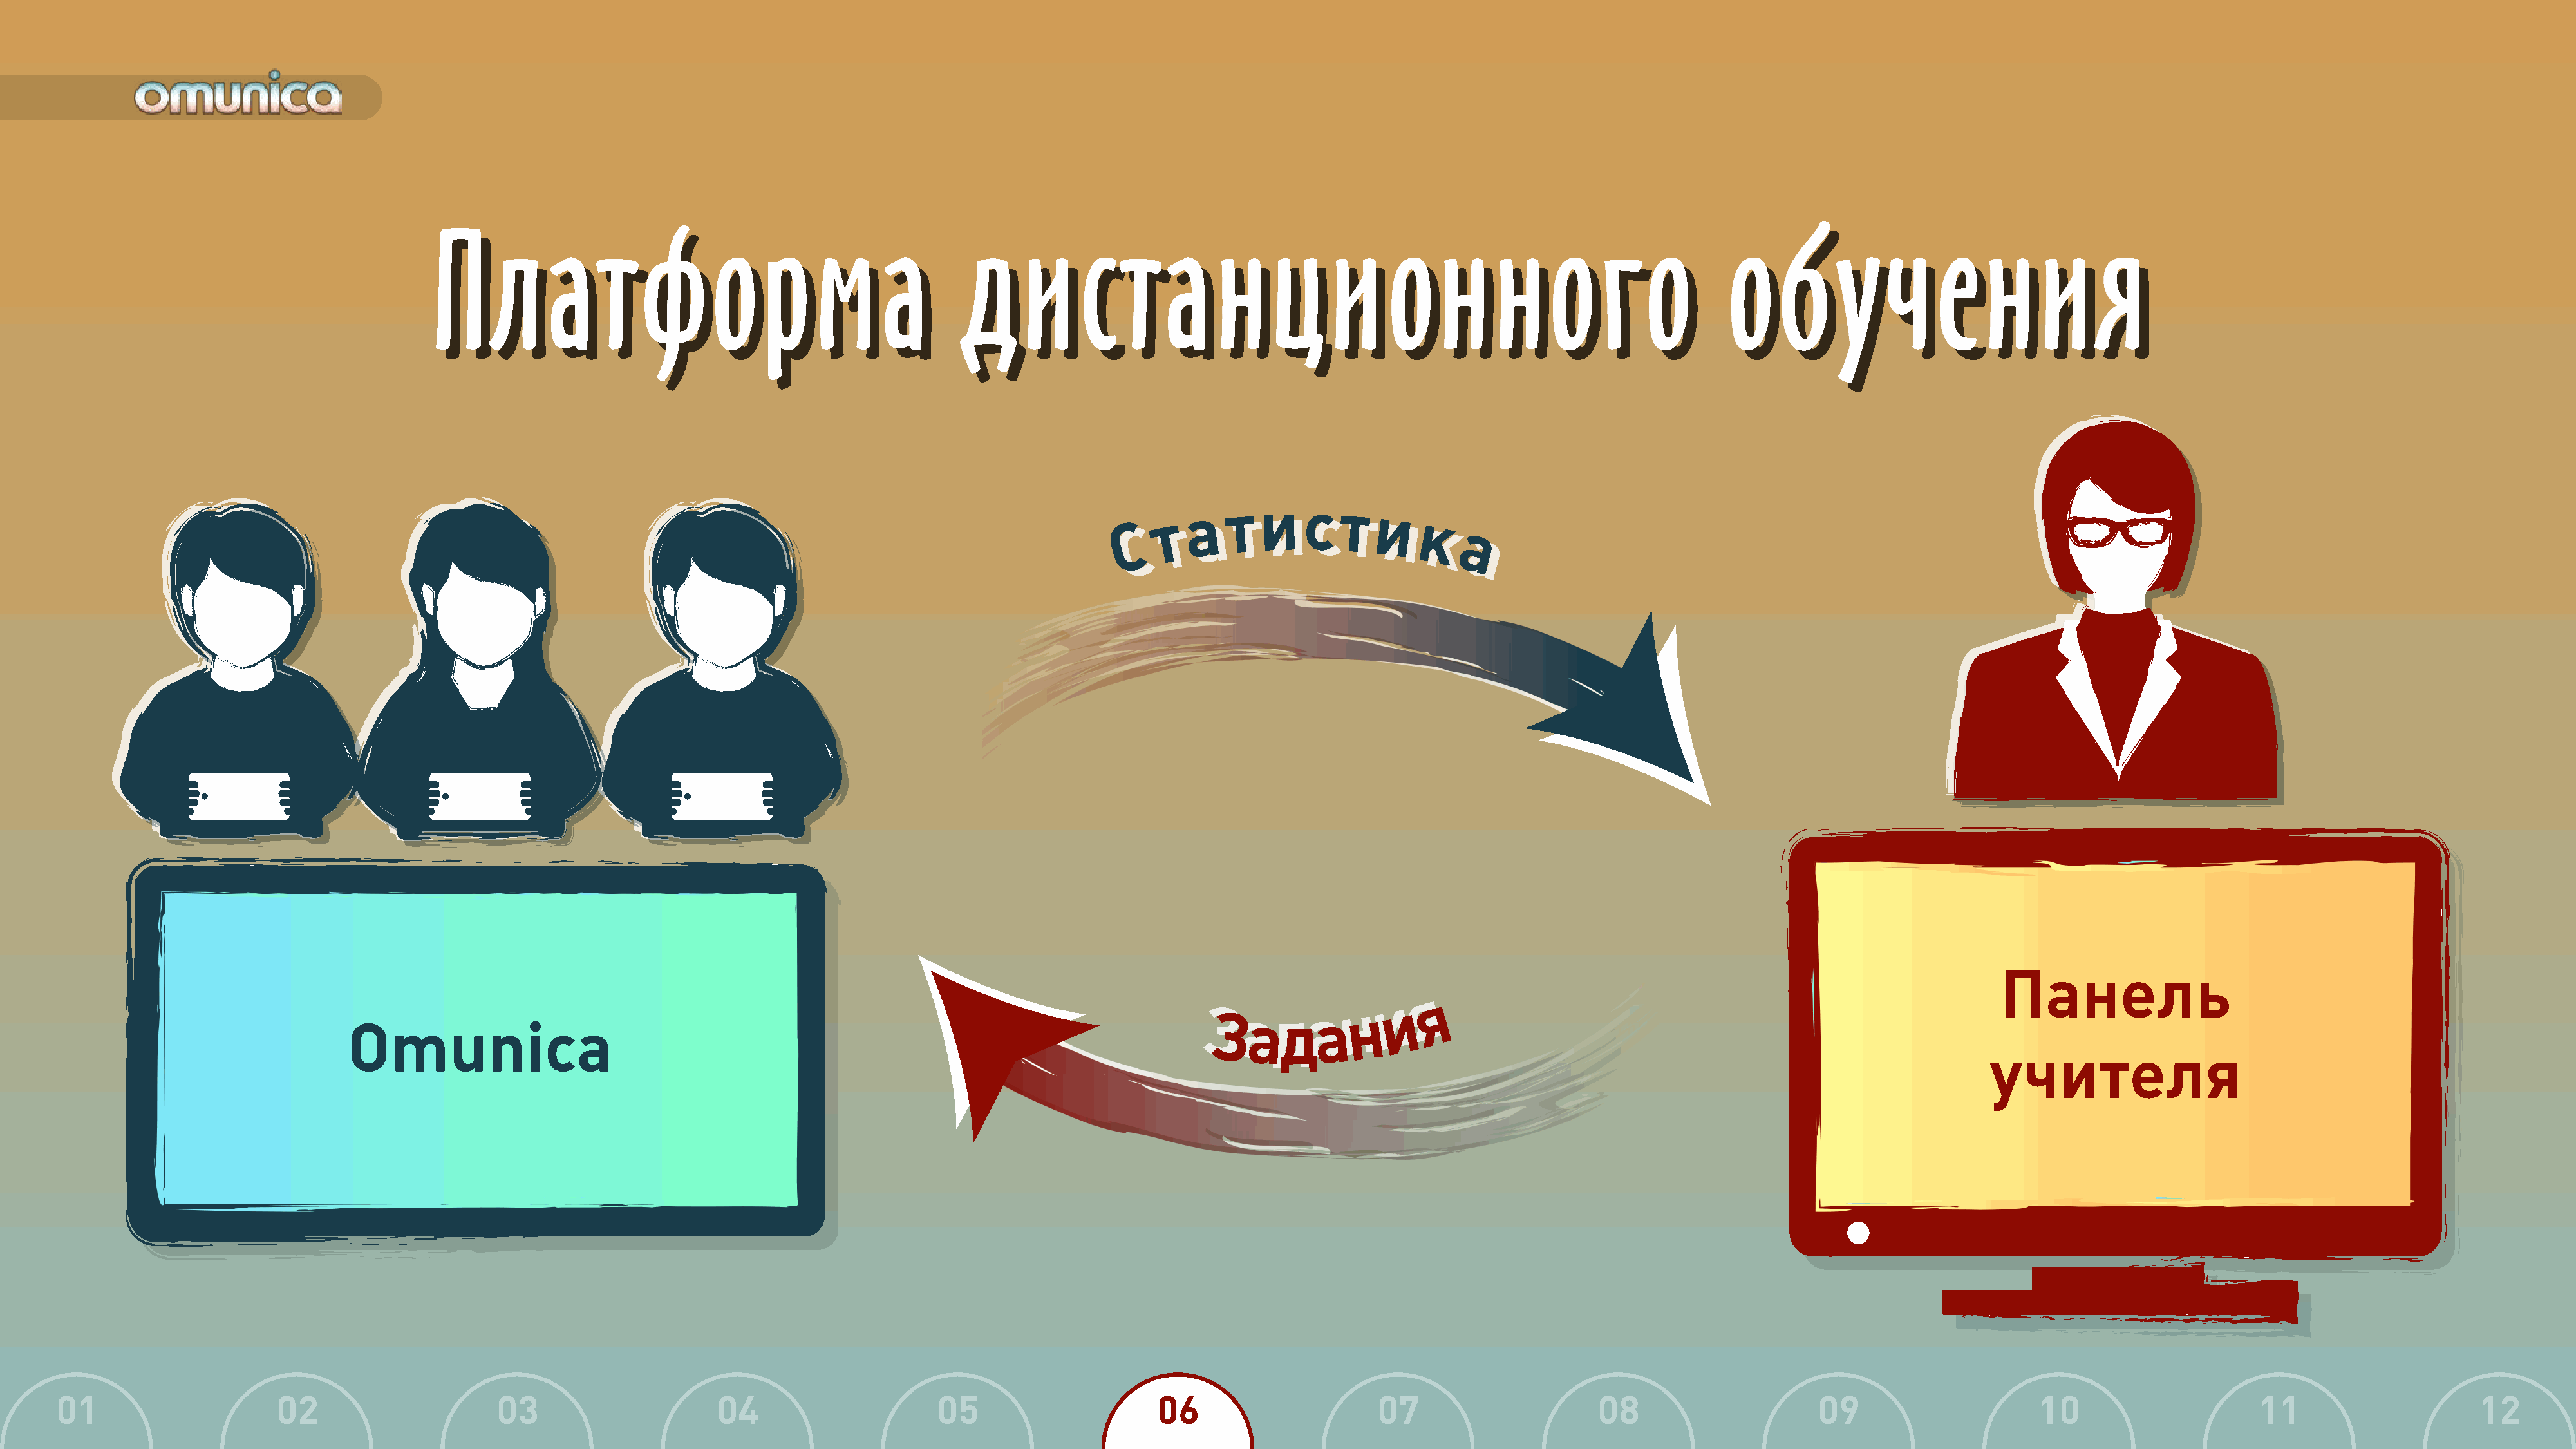
П      лат            форма                            ди          ста           нц          ионног                          о        о    бу         чен             ия
 П      лат            форма                            ди          ста           нц          ионног                          о        о    бу         чен             ия
 С   т т
 а ат ти ис   ст
 ти  ик
 С                             к
 а
 а
 Панель
 я
 и   я
 н    и
 З За ад  да ан
 Omunica
 учителя
 01                    02                     03                     04                    05                     06                     07                    08                     09                     10                    11                     12